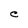
Character: C